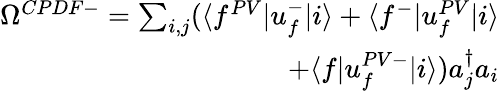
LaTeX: \begin{array}{r}{\Omega^{CPDF-}=\sum_{i,j}(\langle f^{PV}|u_{f}^{-}|i\rangle+\langle f^{-}|u_{f}^{PV}|i\rangle}\\ {+\langle f|u_{f}^{PV-}|i\rangle)a_{j}^{\dagger}a_{i}}\end{array}